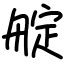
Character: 𦩘